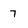
Character: 7